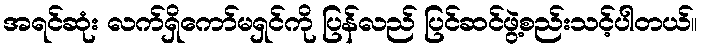
အရင်ဆုံး လက်ရှိကော်မရှင်ကို ပြန်လည် ပြင်ဆင်ဖွဲ့စည်းသင့်ပါတယ်။